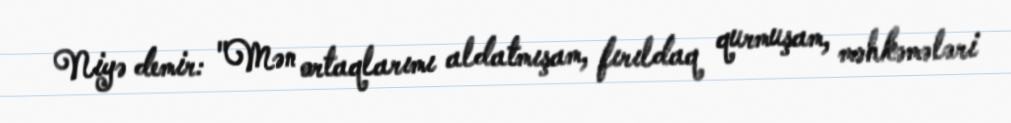
Niyə demir: "Mən ortaqlarımı aldatmışam, fırıldaq qurmuşam, məhkəmələri